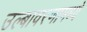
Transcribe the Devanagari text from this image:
उल्बावरणामध्ये